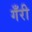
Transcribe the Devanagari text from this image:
गँरी